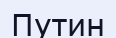
Путин